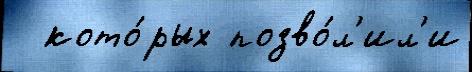
  кото́рых позво́л'ил'и